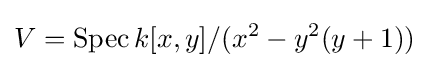
V=\operatorname {Spec} k[x,y]/(x^{2}-y^{2}(y+1))